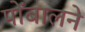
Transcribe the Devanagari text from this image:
पोंबालने